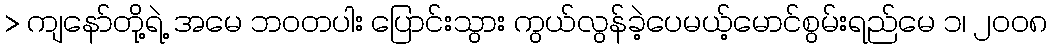
> ကျနော်တို့ရဲ့ အမေ ဘဝတပါး ပြောင်းသွား ကွယ်လွန်ခဲ့ပေမယ့်မောင်စွမ်းရည်မေ ၁၊ ၂၀၀၈